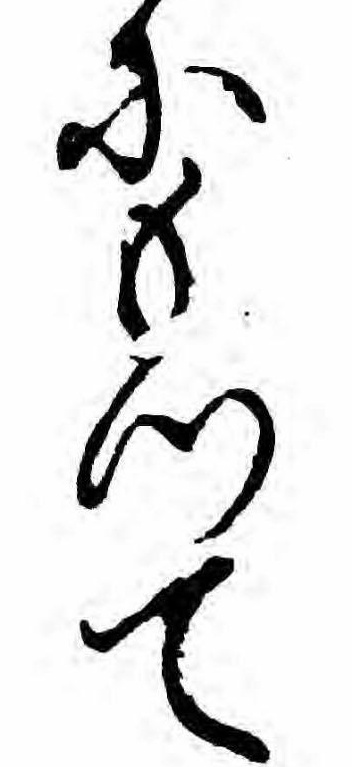
にもつて